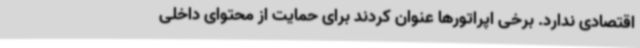
اقتصادی ندارد. برخی اپراتورها عنوان کردند برای حمایت از محتوای داخلی